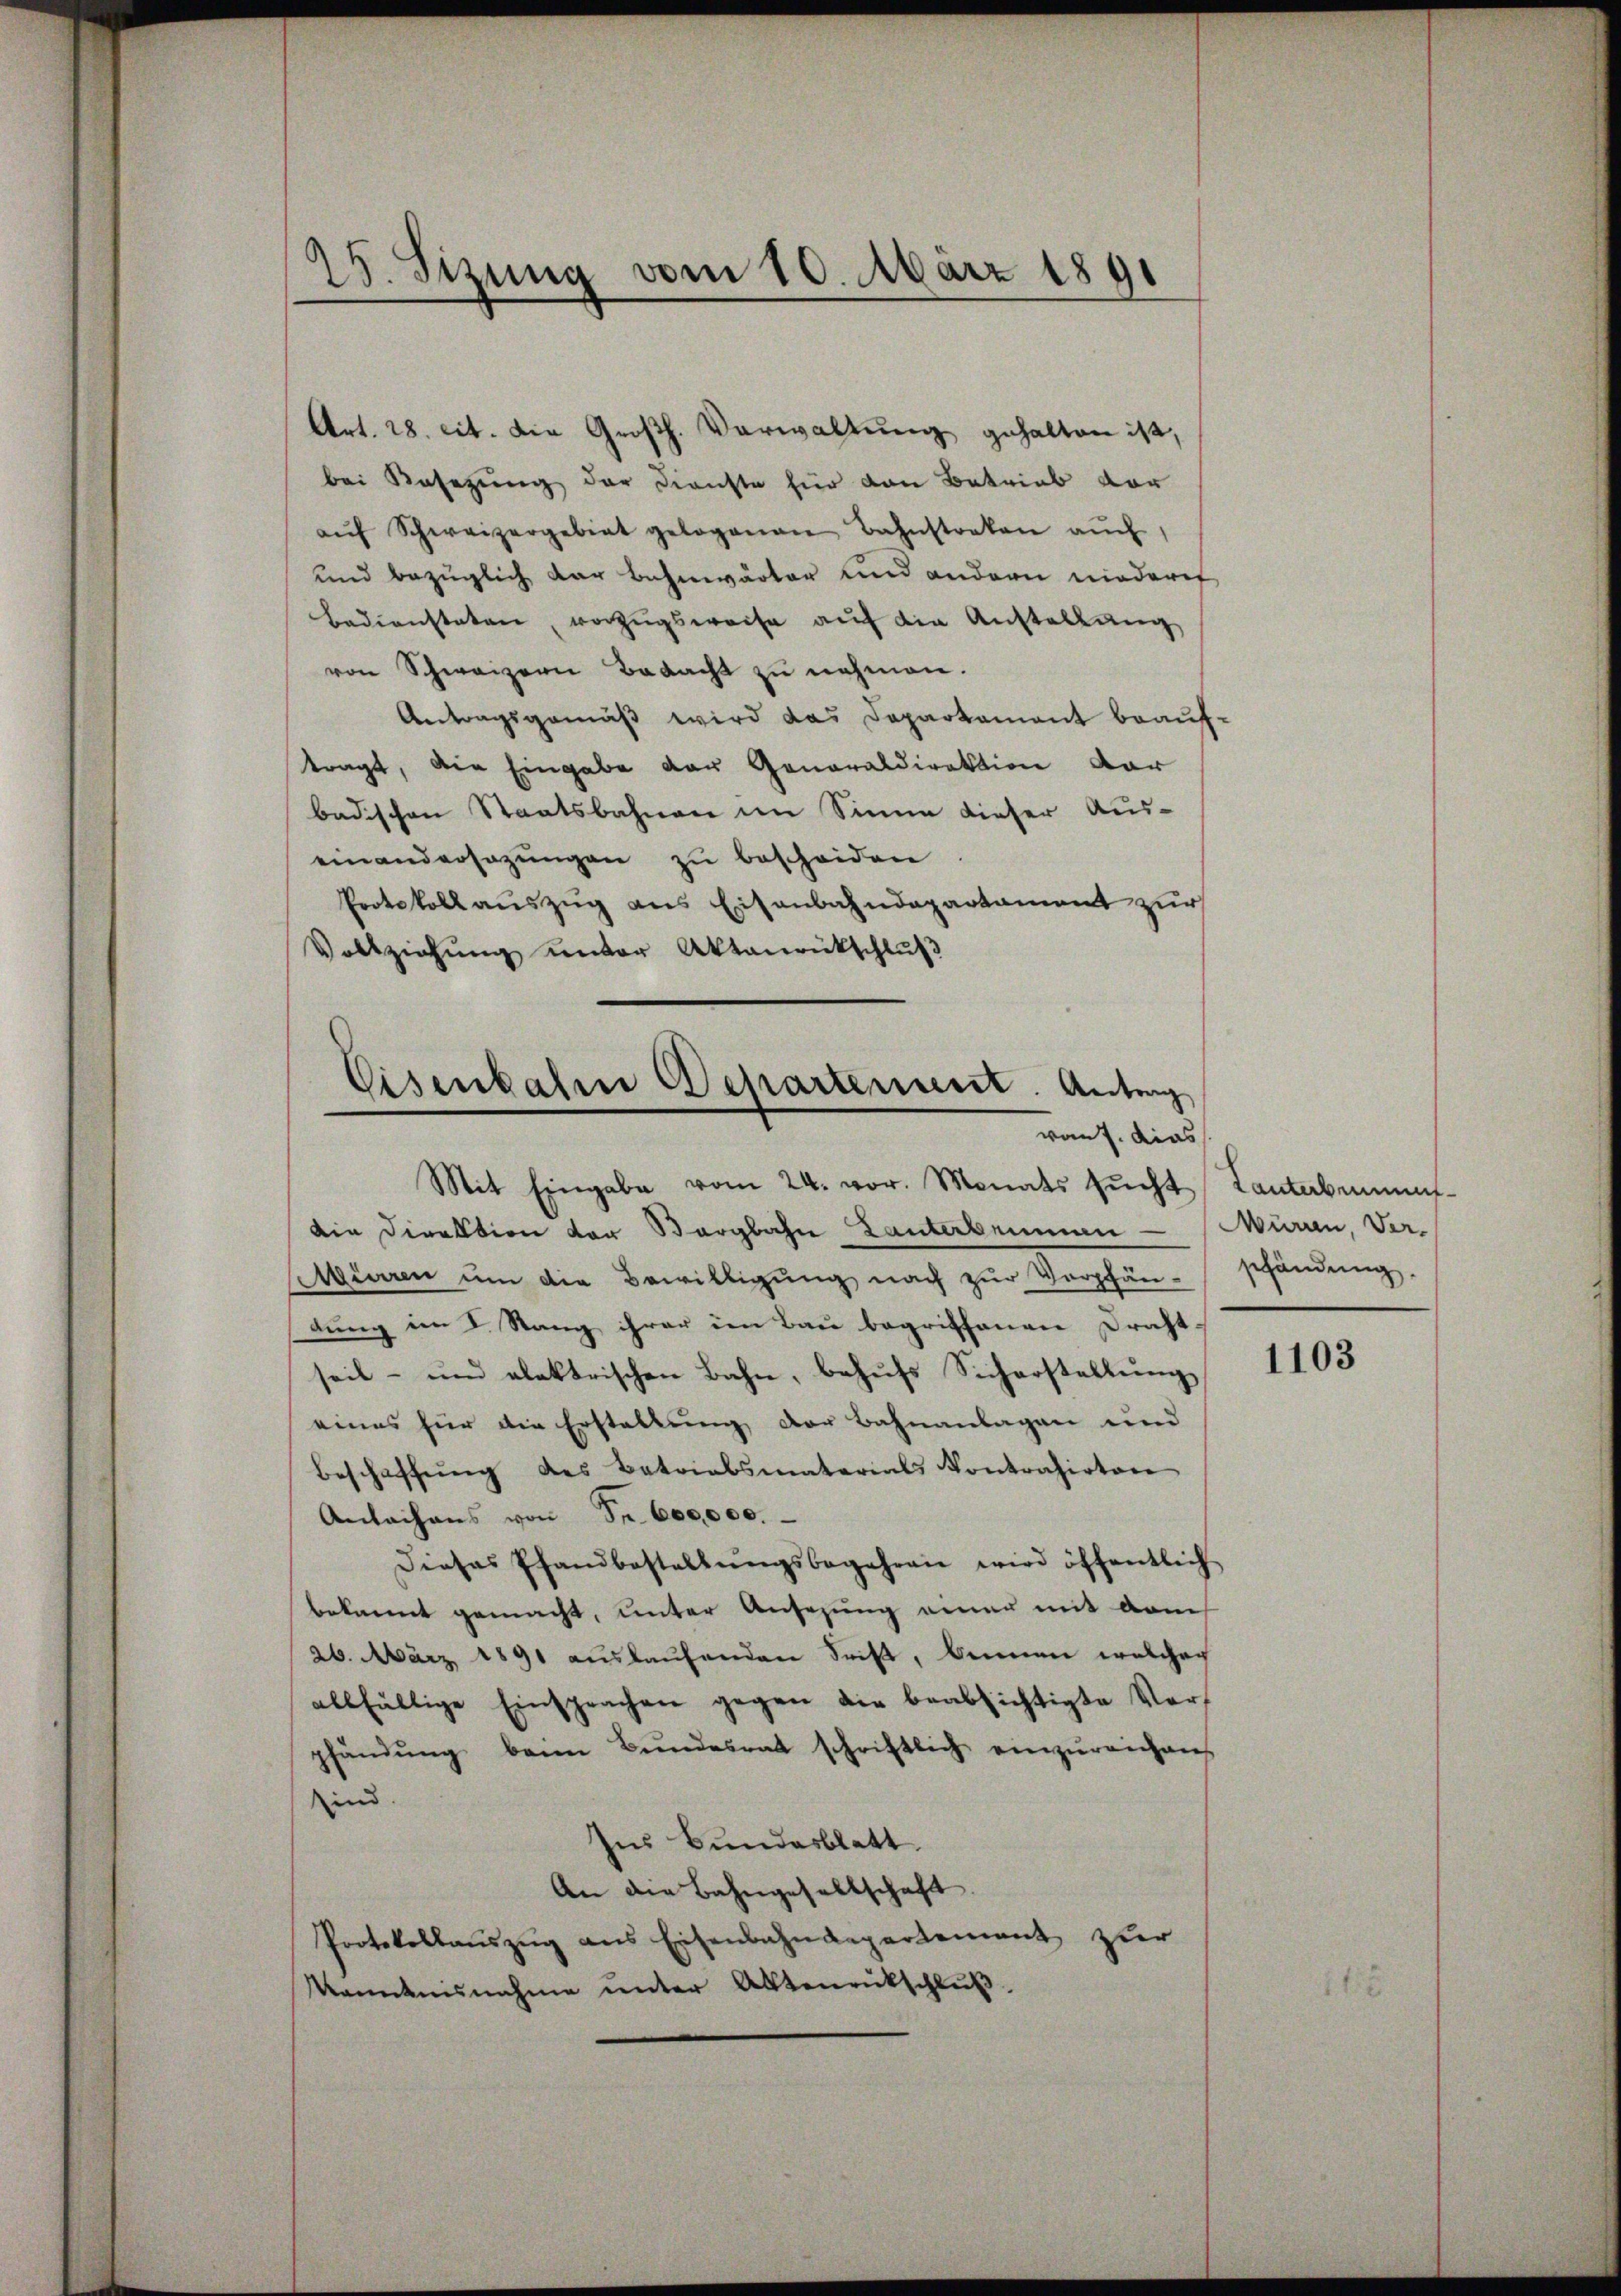
15. Sizung vom 10. März 1891

Art. 28. cit. Die Großh. Verwaltung gehalten ist,
bei Besetzung der Dienste für den Betrieb vor
aŭf Schweizergebiet gelogenen Bahnstraken aŭch
und bezüglich der Bahnwärter und andern niedarf
bediensteten, vorzugsweise aŭf die Anstellung
von Schweizern Bedacht zu nehmen.
Antragsgemäß wird das Departement beauftragt, die Eingabe der Generaldirektion dar
badischen Staatsbahnen im Sinne dieser Auseinandersezungen zu bescheiden
Protokoll auszug aus Eisenbahndepartament zur
Vollziehŭng ŭnter Aktenrückschlŭβ
Eisenbalen Departenuerit. Antrag

Mit Eingabe vom 24. vor. Monats sŭcht Tanterbemus-
Die Direktion der Bergbahn Lanterbenman
Mürren ŭm die Bewilligŭng nach zŭr Verpfän-schändŭng.
dung im I. Rang ihrer in Bau begriffenen Draht-
seit- und elektrischen Bahn, behufs Sicherstellung
eines für die Erstellung der Bahnanlagen und
Beschaffŭng des Betriabsmaterials Kontrahirten
Anleihens von Fr. 600,000.
Dieses Pfandbestellŭngsbegehren wird öffentlich
bekannt gemacht, unter Ansehung einer mit dem
26. März 1891 aŭslaŭfenden Frist, benen welcher
allfällige Einsprachen gegen die beabsichtigte Ver-
pfändŭng beim Bŭndesrat schriftlich einzŭreichen
ind
Ins Bundesblatt.
An die Bahngesellschaft.
Protokollauszug aus Eisenbahndepartement zur
kanntnisnahme ŭnter Aktenrückschlŭβ

von J. dies

Mürren, Ver¬

1103